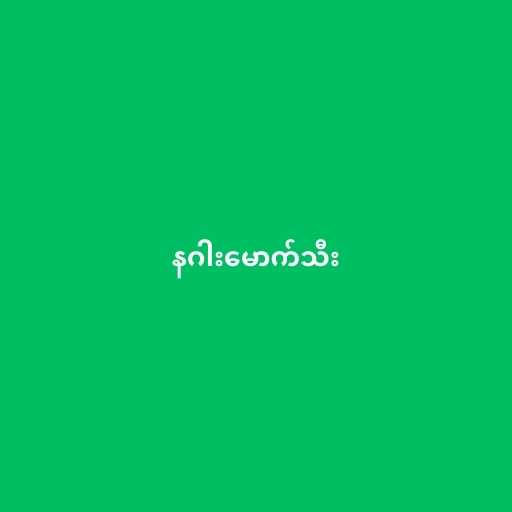
နဂါးမောက်သီး